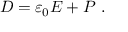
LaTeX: { \boldsymbol { D } } = \varepsilon _ { 0 } { \boldsymbol { E } } + { \boldsymbol { P } } \ .